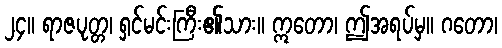
၂၄။ ရာဇပုတ္တ၊ ရှင်မင်းကြီး၏သား။ ဣတော၊ ဤအရပ်မှ။ ဂတော၊